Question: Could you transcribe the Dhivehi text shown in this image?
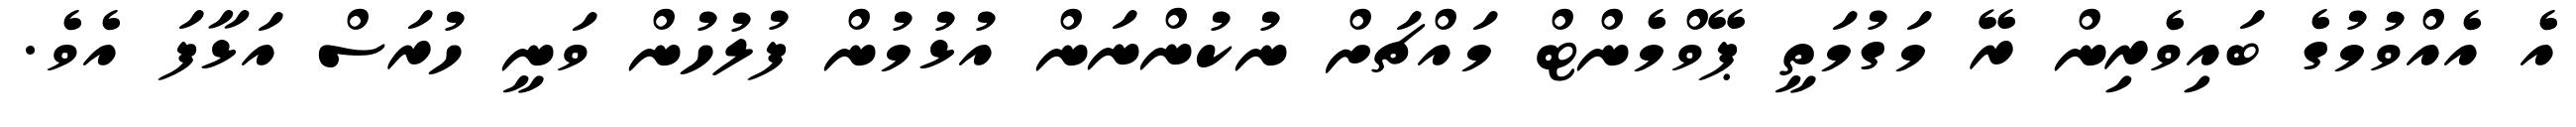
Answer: އެ އެއްވުމުގެ ބައިވެރިން ރޭ މަގުމަތީ ޕޭވްމެންޓް މައްޗަށް ނުކުންނަން އުޅުމުން ފުލުހުން ވަނީ ހުރަސް އަޅާފަ އެވެ.